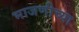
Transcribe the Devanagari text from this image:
भाजणीच्या